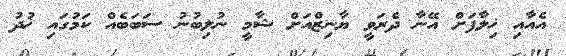
އެއާއި ޚިލާފަށް އޭނާ ދެރަވީ ޔާނިޒްއަށް ޝާމީ ނުލިބުނު ސަބަބެއް ކަމުގައި ޚުދު